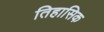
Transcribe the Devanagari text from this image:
तिहासिक